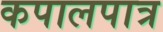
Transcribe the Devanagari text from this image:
कपालपात्र